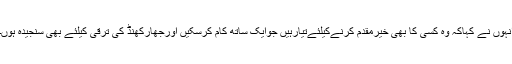
انہوں نے کہاکہ وہ کسی کا بھی خیرمقدم کرنےکیلئےتیارہیں جوایک ساتھ کام کرسکیں اورجھارکھنڈ کی ترقی کیلئے بھی سنجیدہ ہوں۔